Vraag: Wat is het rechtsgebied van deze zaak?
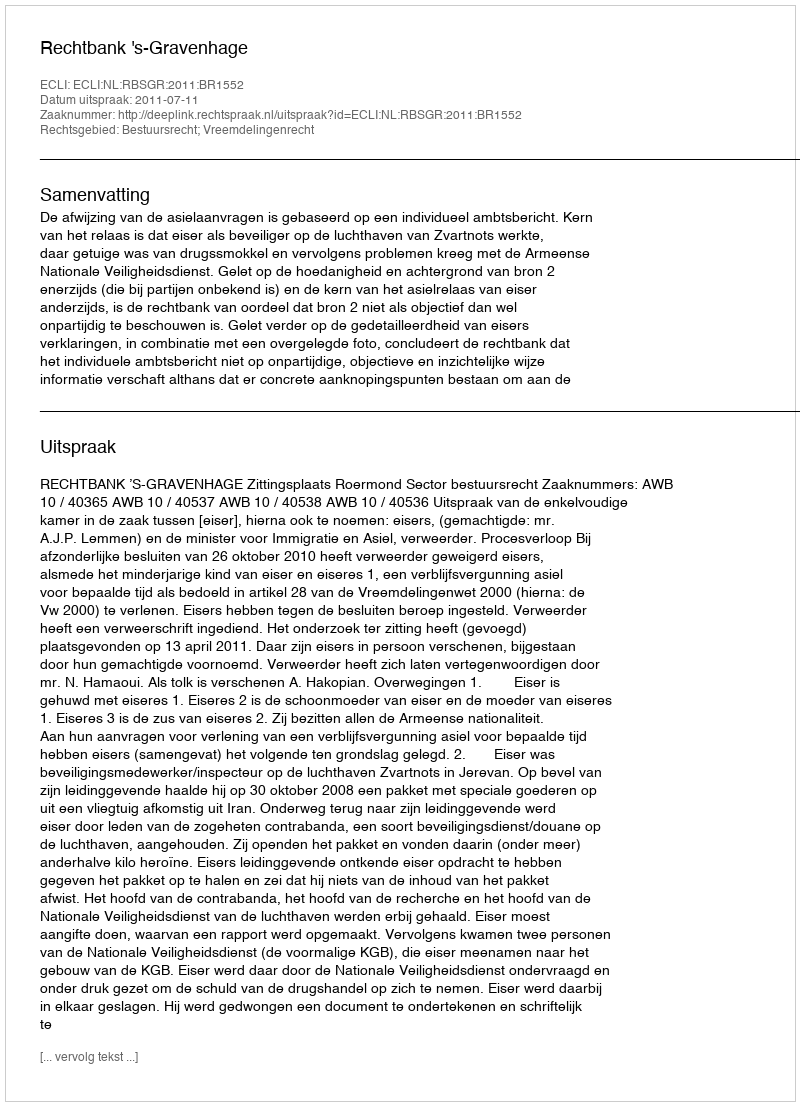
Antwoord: Bestuursrecht; Vreemdelingenrecht